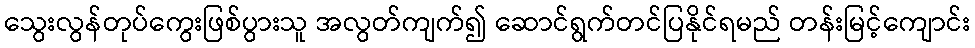
သွေးလွန်တုပ်ကွေးဖြစ်ပွားသူ အလွတ်ကျက်၍ ဆောင်ရွက်တင်ပြနိုင်ရမည် တန်းမြင့်ကျောင်း